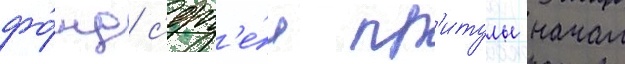
фо́нд с'ерг'е́я пр'итулы начал